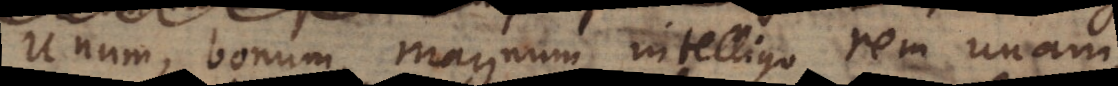
unum, bonum, magnum, intelligo rem una